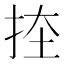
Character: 𭠨